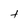
Character: t